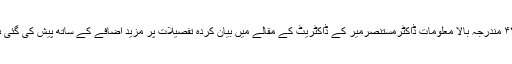
۴۷؂ مندرجہ بالا معلومات ڈاکٹرمستنصرمیر کے ڈاکٹریٹ کے مقالے میں بیان کردہ تفصیلات پر مزید اضافے کے ساتھ پیش کی گئی ہیں۔